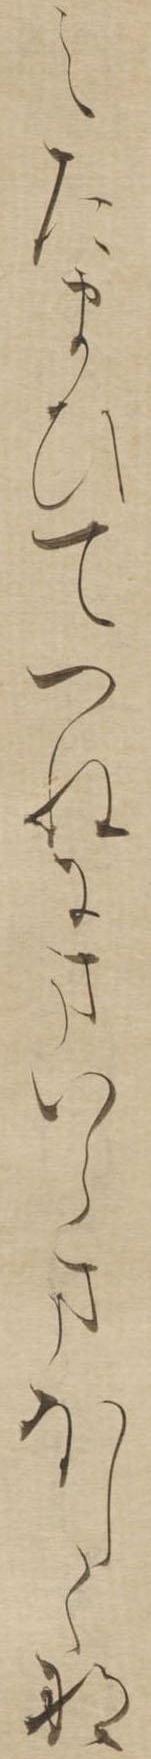
えたまひてつねにまいらまほしくな